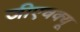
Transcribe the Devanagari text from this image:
जीएचक्यू